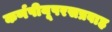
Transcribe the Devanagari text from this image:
कर्णपीयूषरसप्रवाह